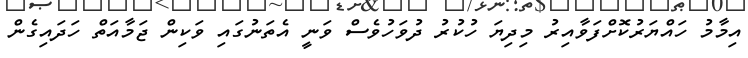
އިމާމު ހައްޔަރުކޮށްފަވާއިރު މިދިޔަ ހުކުރު ދުވަހުވެސް ވަނީ އެތަނުގައި ވަކިން ޖަމާއަތް ހަދައިގެން